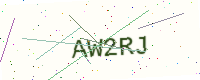
Text: AW2RJ